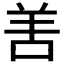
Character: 𠲘